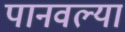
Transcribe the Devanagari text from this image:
पानवल्या